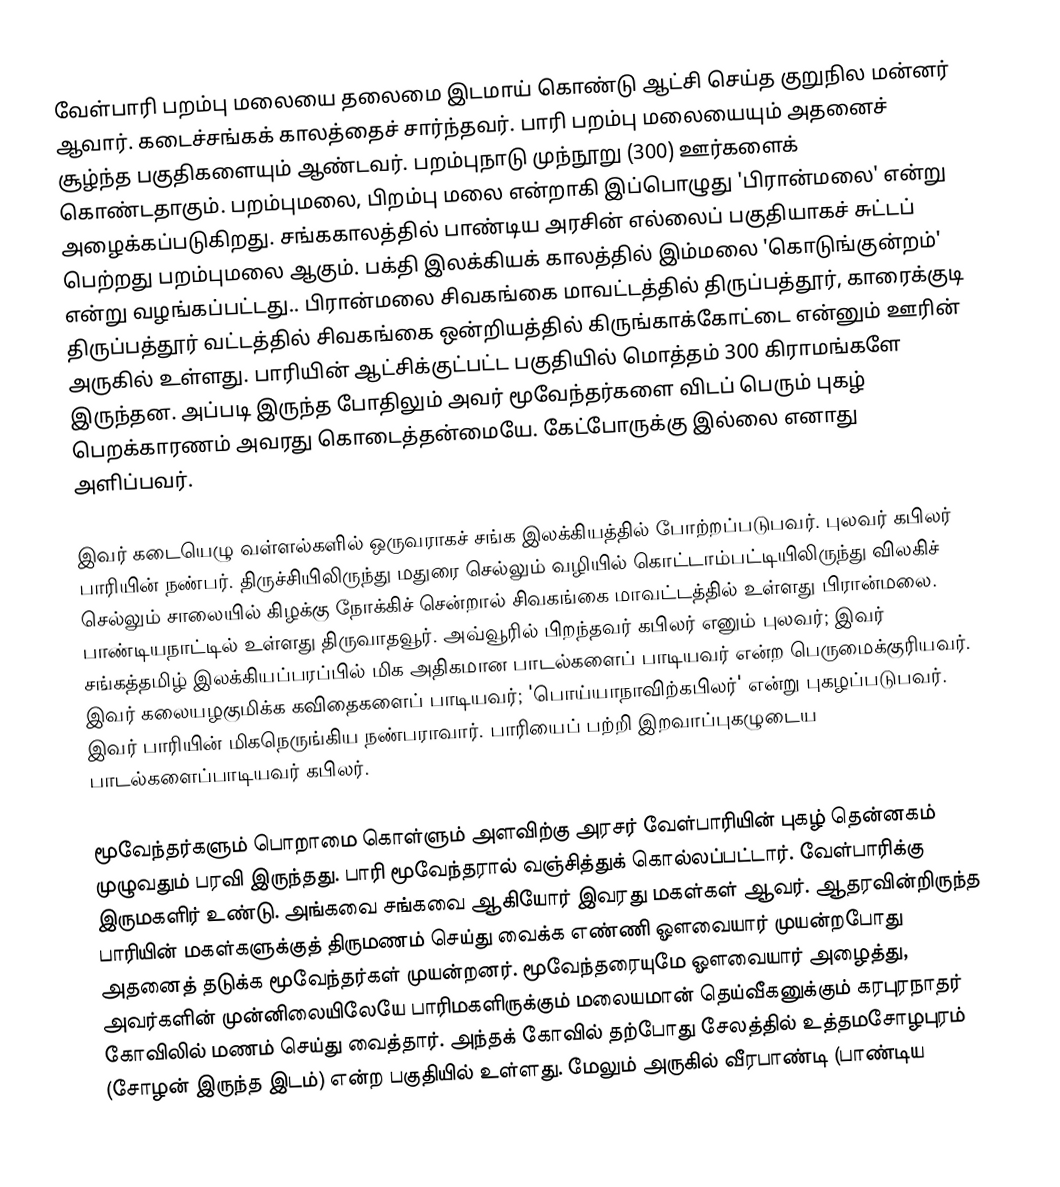
வேள்பாரி பறம்பு மலையை தலைமை இடமாய் கொண்டு ஆட்சி செய்த குறுநில மன்னர் ஆவார். கடைச்சங்கக் காலத்தைச் சார்ந்தவர். பாரி பறம்பு மலையையும் அதனைச் சூழ்ந்த பகுதிகளையும் ஆண்டவர். பறம்புநாடு முந்நூறு (300) ஊர்களைக் கொண்டதாகும். பறம்புமலை, பிறம்பு மலை என்றாகி இப்பொழுது 'பிரான்மலை' என்று அழைக்கப்படுகிறது. சங்ககாலத்தில் பாண்டிய அரசின் எல்லைப் பகுதியாகச் சுட்டப் பெற்றது பறம்புமலை ஆகும். பக்தி இலக்கியக் காலத்தில் இம்மலை 'கொடுங்குன்றம்' என்று வழங்கப்பட்டது.. பிரான்மலை சிவகங்கை மாவட்டத்தில் திருப்பத்தூர், காரைக்குடி திருப்பத்தூர் வட்டத்தில் சிவகங்கை ஒன்றியத்தில் கிருங்காக்கோட்டை என்னும் ஊரின் அருகில் உள்ளது. பாரியின் ஆட்சிக்குட்பட்ட பகுதியில் மொத்தம் 300 கிராமங்களே இருந்தன. அப்படி இருந்த போதிலும் அவர் மூவேந்தர்களை விடப் பெரும் புகழ் பெறக்காரணம் அவரது கொடைத்தன்மையே. கேட்போருக்கு இல்லை எனாது அளிப்பவர்.

இவர் கடையெழு வள்ளல்களில் ஒருவராகச் சங்க இலக்கியத்தில் போற்றப்படுபவர். புலவர் கபிலர் பாரியின் நண்பர். திருச்சியிலிருந்து மதுரை செல்லும் வழியில் கொட்டாம்பட்டியிலிருந்து விலகிச் செல்லும் சாலையில் கிழக்கு நோக்கிச் சென்றால் சிவகங்கை மாவட்டத்தில் உள்ளது பிரான்மலை. பாண்டியநாட்டில் உள்ளது திருவாதவூர். அவ்வூரில் பிறந்தவர் கபிலர் எனும் புலவர்; இவர் சங்கத்தமிழ் இலக்கியப்பரப்பில் மிக அதிகமான பாடல்களைப் பாடியவர் என்ற பெருமைக்குரியவர். இவர் கலையழகுமிக்க கவிதைகளைப் பாடியவர்; 'பொய்யாநாவிற்கபிலர்' என்று புகழப்படுபவர். இவர் பாரியின் மிகநெருங்கிய நண்பராவார். பாரியைப் பற்றி இறவாப்புகழுடைய பாடல்களைப்பாடியவர் கபிலர்.

மூவேந்தர்களும் பொறாமை கொள்ளும் அளவிற்கு அரசர் வேள்பாரியின் புகழ் தென்னகம் முழுவதும் பரவி இருந்தது. பாரி மூவேந்தரால் வஞ்சித்துக் கொல்லப்பட்டார். வேள்பாரிக்கு இருமகளிர் உண்டு. அங்கவை சங்கவை ஆகியோர் இவரது மகள்கள் ஆவர். ஆதரவின்றிருந்த பாரியின் மகள்களுக்குத் திருமணம் செய்து வைக்க எண்ணி ஔவையார் முயன்றபோது அதனைத் தடுக்க மூவேந்தர்கள் முயன்றனர். மூவேந்தரையுமே ஔவையார் அழைத்து, அவர்களின் முன்னிலையிலேயே பாரிமகளிருக்கும் மலையமான் தெய்வீகனுக்கும் கரபுரநாதர் கோவிலில் மணம் செய்து வைத்தார். அந்தக் கோவில் தற்போது சேலத்தில் உத்தமசோழபுரம் (சோழன் இருந்த இடம்) என்ற பகுதியில் உள்ளது. மேலும் அருகில் வீரபாண்டி (பாண்டிய